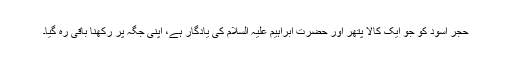
حجر اسود کو جو ایک کالا پتھر اور حضرت ابراہیم علیہ السلام کی یادگار ہے، اپنی جگہ پر رکھنا باقی رہ گیا۔